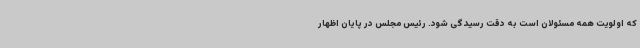
که اولویت همه مسئولان است به دقت رسیدگی شود. رئیس مجلس در پایان اظهار